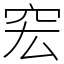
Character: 䆖